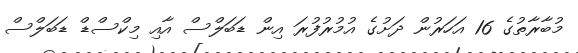
މުބާރާތުގެ 16 އަހަރުން ދަށުގެ އުމުރުފުރަ އިން ޑަބަލްސް އާއި މިކްސްޑް ޑަބަލްސް